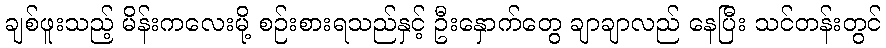
ချစ်ဖူးသည့် မိန်းကလေးမို့ စဉ်းစားရသည်နှင့် ဦးနှောက်တွေ ချာချာလည် နေပြီး သင်တန်းတွင်